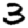
Digit: 3